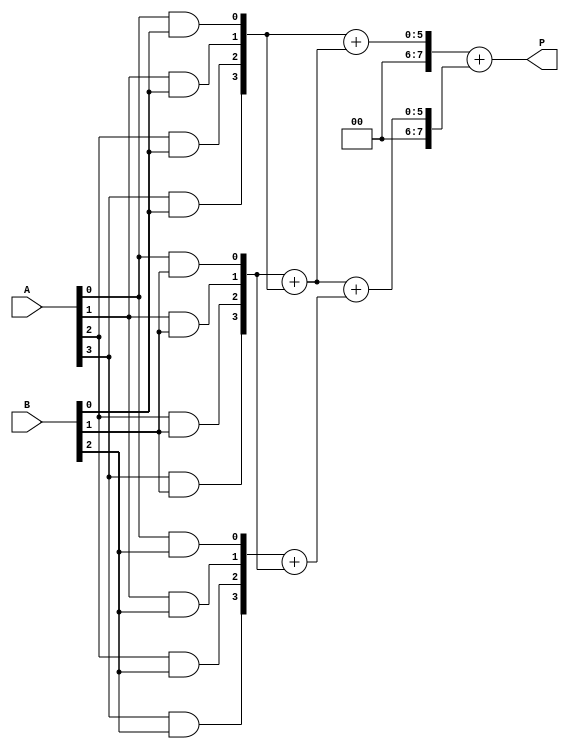
module WallaceTreeMultiplier #(parameter N = 4) (
    input [N-1:0] A,
    input [N-1:0] B,
    output [2*N-1:0] P
);
    wire [N-1:0] pp [N-1:0]; // Partial products

    // Generate Partial Products
    genvar i, j;
    generate
        for (i = 0; i < N; i = i + 1) begin : partial_product_gen
            for (j = 0; j < N; j = j + 1) begin : pp_and
                assign pp[i][j] = A[j] & B[i]; // AND operation for partial product
            end
        end
    endgenerate

    // Wallace Tree Reduction
    wire [N+1:0] sum [2*N-1:0]; // Sums for partial products
    wire [N-1:0] carry [2*N-1:0]; // Carries for partial products
    wire [N-1:0] final_sum, final_carry;

    // Stage 1: Combine Partial Products
    genvar k;
    generate
        for (k = 0; k < N; k = k + 1) begin : stage1
            if (k == 0) begin
                // First row of reduction
                assign sum[k] = pp[k];
                assign carry[k] = 0;
            end else begin
                assign {carry[k], sum[k]} = pp[k] + pp[k-1];
            end
        end
    endgenerate

    // Stage 2: Further Reduction
    wire [2*N-1:0] stage2_sum [N:0];
    wire [2*N-1:0] stage2_carry [N:0];

    generate
        for (k = 0; k < N; k = k + 1) begin : stage2
            assign {stage2_carry[k], stage2_sum[k]} = {carry[k], sum[k]} + {carry[k+1], sum[k+1]};
        end
    endgenerate

    // Final Addition
    assign {final_carry, final_sum} = stage2_sum[0] + stage2_sum[1];

    // Final product
    assign P = {final_carry, final_sum};

endmodule